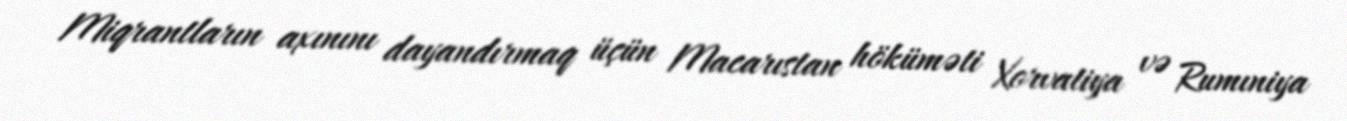
Miqrantların axınını dayandırmaq üçün Macarıstan höküməti Xorvatiya və Rumıniya